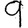
Digit: 9